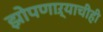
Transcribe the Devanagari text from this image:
झोपणाऱ्याचीही